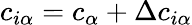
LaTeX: c_{i\alpha}=c_{\alpha}+\Delta c_{i\alpha}